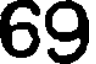
69